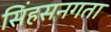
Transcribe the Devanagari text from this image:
सिंहसनगता